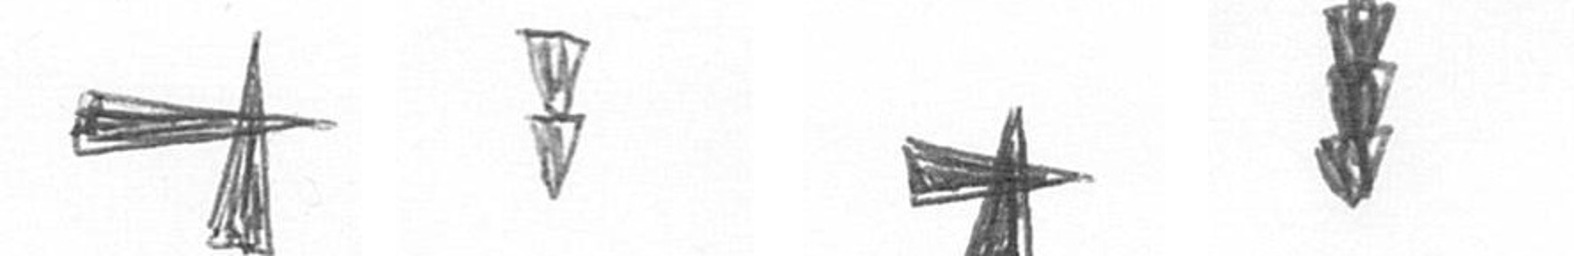
G Z G E